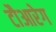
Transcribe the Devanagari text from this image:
टौआरेग